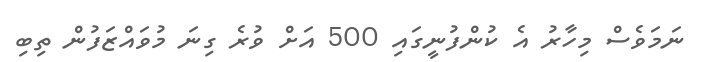
ނަމަވެސް މިހާރު އެ ކުންފުނީގައި 500 އަށް ވުރެ ގިނަ މުވައްޒަފުން ތިބި